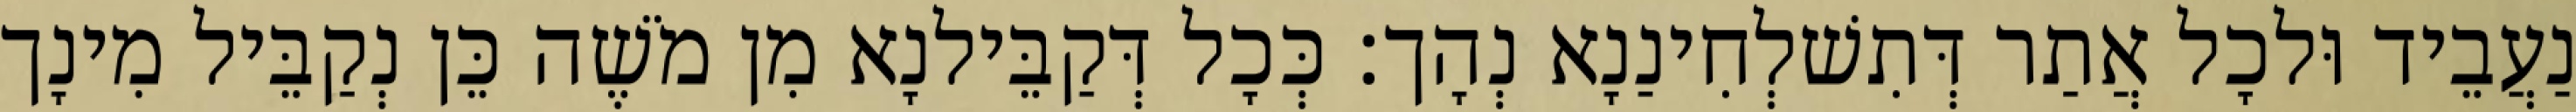
נַעֲבֵיד וּלכָל אֲתַר דְּתִשׁלְחִינַנָא נְהָך׃ כְּכָל דְּקַבֵּילנָא מִן מֹשֶׁה כֵּן נְקַבֵּיל מִינָך